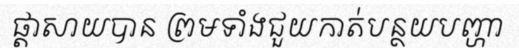
ផ្តាសាយបាន ព្រមទាំងជួយកាត់បន្ថយបញ្ហា